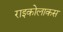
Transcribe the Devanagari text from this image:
राइकोलाकस